Civil Veterinary Department Bengal reports 1933-51 - 1933-1951
Year: 1933
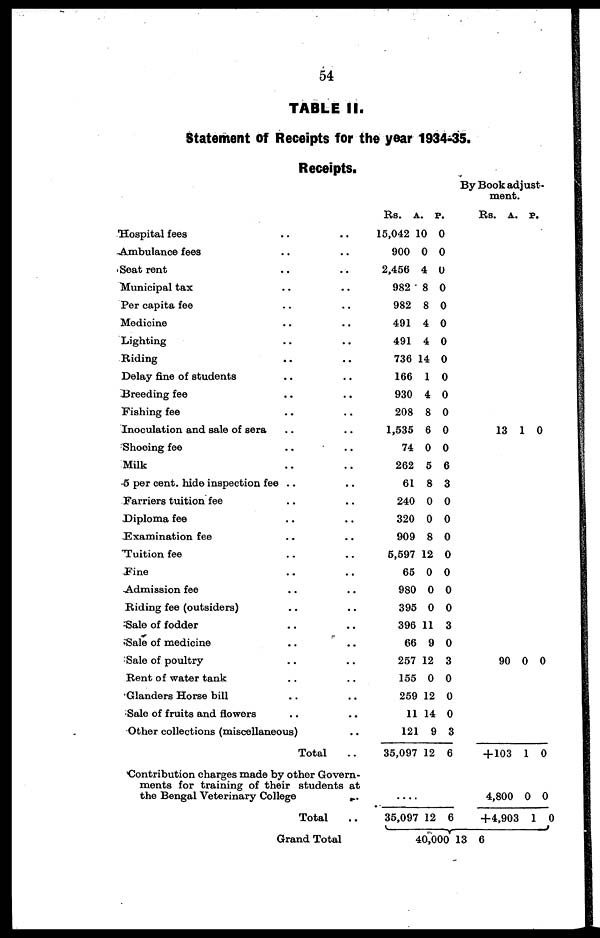
54
TABLE II.
Statement of Receipts for the year 1934-35.
Receipts.
Hospital fees .. ..
Ambulance fees .. ..
Seat rent .. ..
Municipal tax .. ..
Per capita fee .. ..
Medicine .. ..
Lighting .. ..
Riding .. ..
Delay fine of students .. ..
Breeding fee .. ..
Fishing fee .. ..
Inoculation and sale of sera .. ..
Shooing fee .. ..
Milk .. ..
5 per cent, hide inspection fee .. ..
Farriers tuition fee .. ..
Diploma fee .. ..
Examination fee .. ..
Tuition fee .. ..
Fine .. ..
Admission fee .. ..
Riding fee (outsiders) .. ..
Sale of fodder .. ..
Sale of medicine.. ..
Sale of poultry .. ..
Rent of water tank .. ..
Glanders Horse bill .. ..
Sale of fruits and flowers .. ..
Other collections (miscellaneous)..
Total ..
Contribution charges made by other Govern-
ments for training of their students at
the Bengal Veterinary College .
Total ..
Grand Total
Rs. A. P.
15,042 10 0
900 0 0
2,456 4 0
982 8 0
982 8 0
491 4 0
491 4 0
736 14 0
166 1 0
930 4 0
208 8 0
1,535 6 0
74 0 0
262 5 6
61 8 3
240 0 0
320 0 0
909 8 0
5,597 12 0
65 0 0
980 0 0
395 0 0
396 11 3
66 9 0
257 12 3
155 0 0
259 12 0
11 14 0
121 9 3
35,097 12 6
....
35,097 12 6
By Book adjust-
ment.
Rs. A. P.
13 1 0
90 0 0
+ 103 1 0
4,800 0 0
+4,903 1 0
40,000 13 6